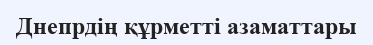
Днепрдің құрметті азаматтары